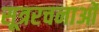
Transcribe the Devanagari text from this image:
सूत्ररचनाओं